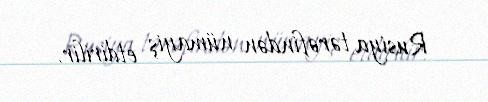
Rusiya tərəfindən nümayiş etdirilir.